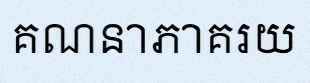
គណនាភាគរយ